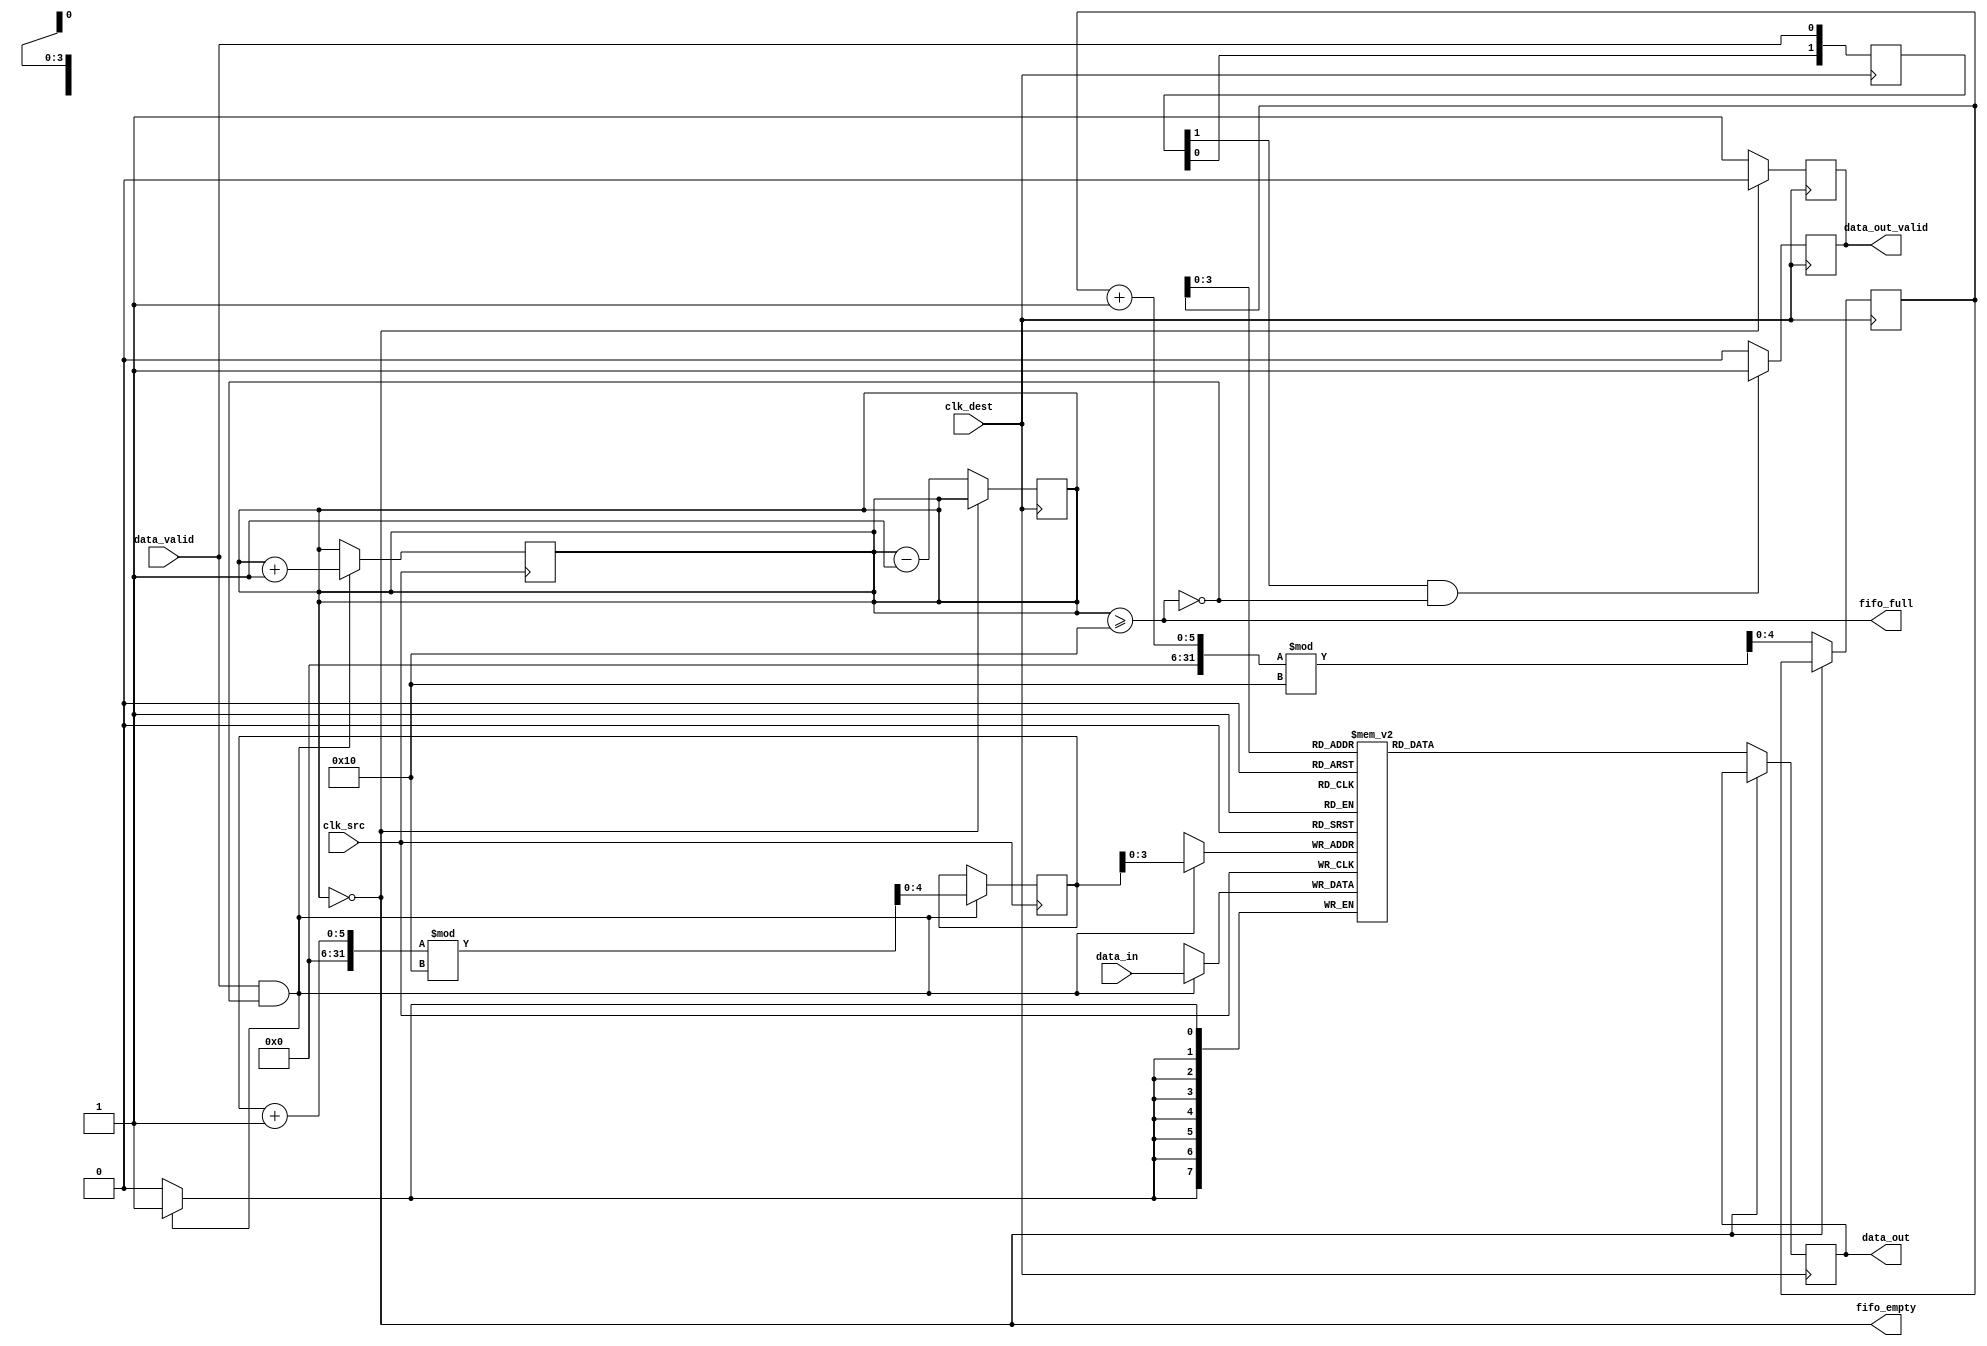
module burst_mode_synchronizer #(
    parameter DATA_WIDTH = 8,
    parameter FIFO_DEPTH = 16
)(
    input wire clk_src,             // Source clock (fast)
    input wire clk_dest,            // Destination clock (slow)
    input wire [DATA_WIDTH-1:0] data_in, // Data input from source clock domain
    input wire data_valid,          // Data valid signal from source clock domain
    output reg [DATA_WIDTH-1:0] data_out, // Data output to destination clock domain
    output reg data_out_valid,      // Data valid signal for the destination clock domain
    output wire fifo_full,          // FIFO full status
    output wire fifo_empty          // FIFO empty status
);

    // FIFO Buffer Implementation
    reg [DATA_WIDTH-1:0] fifo [0:FIFO_DEPTH-1];
    reg [4:0] write_ptr = 0; // 5 bits for depth of 16
    reg [4:0] read_ptr = 0;  // 5 bits for depth of 16
    reg [4:0] fifo_count = 0; // To track number of items in FIFO

    // Write Control Logic (Source Clock Domain)
    always @(posedge clk_src) begin
        if (data_valid && !fifo_full) begin
            fifo[write_ptr] <= data_in;
            write_ptr <= (write_ptr + 1) % FIFO_DEPTH;
            fifo_count <= fifo_count + 1;
        end
    end

    // Read Control Logic (Destination Clock Domain)
    always @(posedge clk_dest) begin
        if (!fifo_empty) begin
            data_out <= fifo[read_ptr];
            read_ptr <= (read_ptr + 1) % FIFO_DEPTH;
            fifo_count <= fifo_count - 1;
            data_out_valid <= 1'b1; // Indicate data is valid
        end else begin
            data_out_valid <= 1'b0; // No valid data
        end
    end

    // FIFO Status Logic
    assign fifo_full = (fifo_count >= FIFO_DEPTH);
    assign fifo_empty = (fifo_count == 0);

    // Synchronization Logic for Handshaking (Control Signals)
    reg [1:0] sync_data_valid; // Synchronize data valid signal
    always @(posedge clk_dest) begin
        sync_data_valid <= {sync_data_valid[0], data_valid};
    end

    // Update data valid based on synchronized signal
    always @(posedge clk_dest) begin
        if (sync_data_valid[1] && !fifo_full) begin
            data_out_valid <= 1'b1;
        end else begin
            data_out_valid <= 1'b0;
        end
    end

endmodule